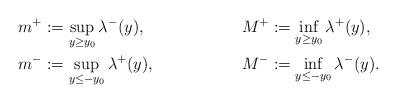
LaTeX: \begin{align*}m^+ & := \sup_{y \geq y_0} \lambda^-(y), & M^+ & := \inf_{y \geq y_0} \lambda^+(y), \\m^- & := \sup_{y \leq - y_0} \lambda^+(y), & M^- & := \inf_{y \leq - y_0} \lambda^-(y).\end{align*}